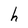
Character: h